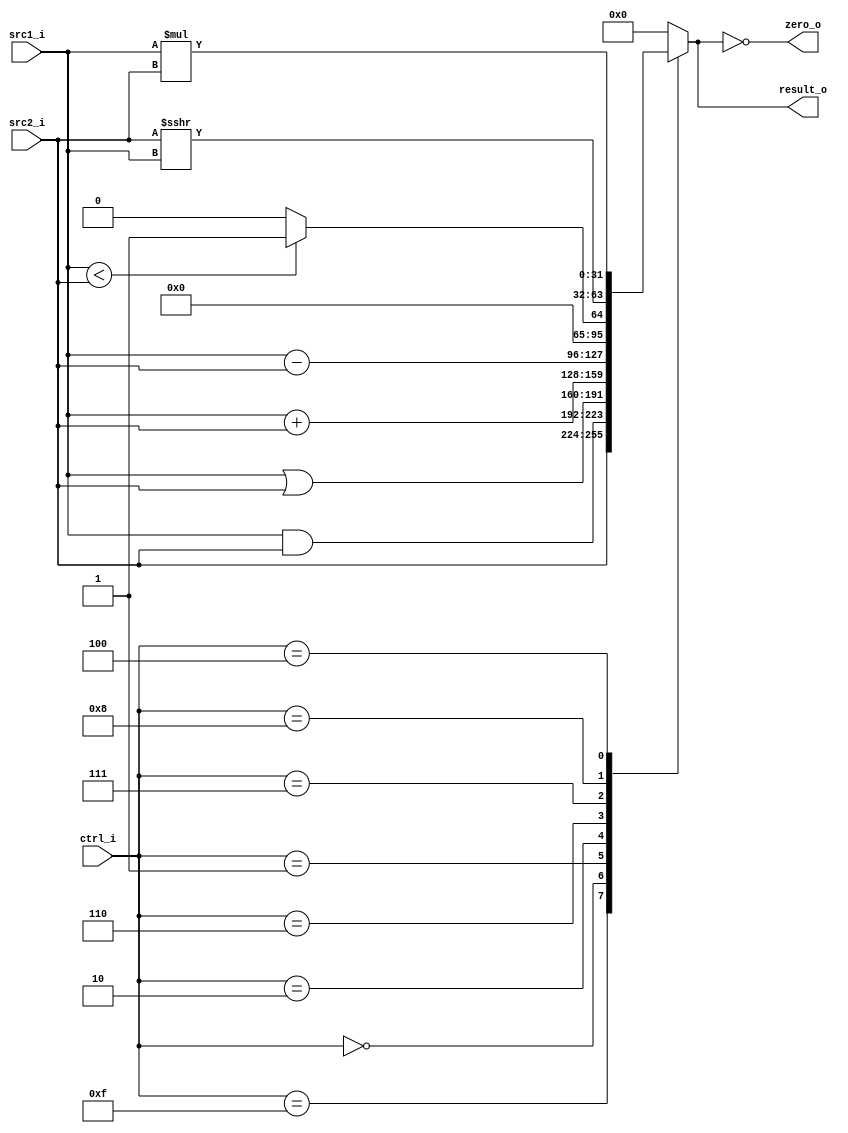
//0316055_0316313
module ALU(
    src1_i,
	src2_i,
	ctrl_i,
	result_o,
	zero_o
	);

	//I/O ports
	input  signed [32-1:0]	src1_i;
	input  signed [32-1:0]	src2_i;
	input  [4-1:0]  ctrl_i;

	output signed [32-1:0] result_o;
	output          zero_o;

	//Internal signals
	reg    [32-1:0] result_o;
	wire            zero_o;

	//Parameter
	localparam [3:0] OP_AND=4'b0000, OP_OR=4'b0001, OP_ADD=4'b0010, OP_SUB=4'b0110, OP_SLT=4'b0111;
	localparam [3:0] OP_SHR=4'b1000, OP_IDLE=4'b1111, OP_MUL=4'b0100;
	
	//Main function
	assign zero_o = (result_o==0);	//zero is true if result_o is 0

	always @(ctrl_i, src1_i, src2_i) begin	//reevaluate if these changes
		case (ctrl_i) 
			OP_IDLE: result_o <= src2_i;
			OP_AND:	result_o <= src1_i & src2_i;
			OP_OR:	result_o <= src1_i | src2_i;
			OP_ADD:	result_o <= src1_i + src2_i;
			OP_SUB:	result_o <= src1_i - src2_i;
			OP_SLT:	result_o <= (src1_i<src2_i)? 1: 0;
			OP_SHR:	result_o <= src2_i >>> src1_i;
			OP_MUL:	result_o <= src1_i * src2_i;
			default: result_o <= 0;
		endcase
	end

endmodule